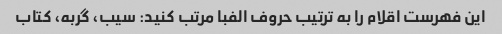
این فهرست اقلام را به ترتیب حروف الفبا مرتب کنید: سیب، گربه، کتاب